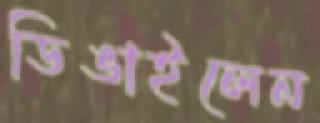
ডিঙাইলেন